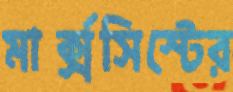
মার্ক্সসিস্টের